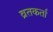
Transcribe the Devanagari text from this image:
व्रतकर्ता